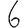
Digit: 6